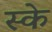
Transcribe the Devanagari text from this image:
स्के